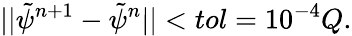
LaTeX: ||\tilde{\psi}^{n+1}-\tilde{\psi}^{n}||<tol=10^{-4}Q.